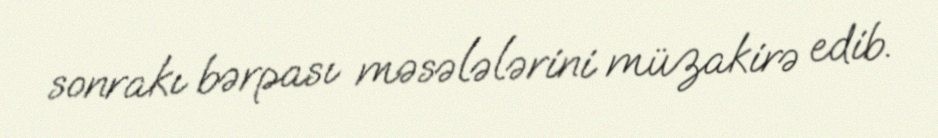
sonrakı bərpası məsələlərini müzakirə edib.